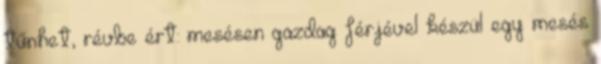
tűnhet, révbe ért: mesésen gazdag férjével készül egy mesés